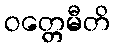
ဝတ္တေမီတိ